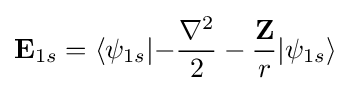
\mathbf {E} _{1s}=\langle \psi _{1s}|\mathbf {-} {\frac {\nabla ^{2}}{2}}-{\frac {\mathbf {Z} }{r}}|\psi _{1s}\rangle